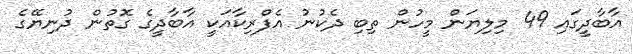
އާބާދީގައި 49 މިލިޔަން މީހުން ތިބި ދެކުނު އެފްރިކާއަކީ އާބާދީގެ ގޮތުން ދުނިޔޭގެ